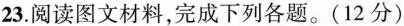
23. 阅读图文材料，完成下列各题。(12分)